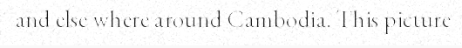
and else where around Cambodia. This picture